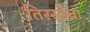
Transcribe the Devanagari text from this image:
तिस्सोचा